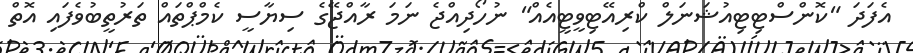
އެފަަދަ "ކޮންސްޓިޓިއުޝަނަލް ކްރިއޭޓިވީޓީއެއް" ނުހޯދިއްޖެ ނަމަ ރާއްޖޭގެ ސިޔާސީ ކެމްޕްތައް ތަރުތީބުވެފައި އޮތް